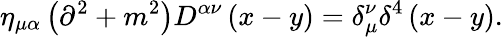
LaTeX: \eta_{\mu\alpha}\left(\partial^{2}+m^{2}\right)D^{\alpha\nu}\left(x-y\right)=\delta_{\mu}^{\nu}\delta^{4}\left(x-y\right).